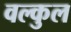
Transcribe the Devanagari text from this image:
वल्कुल